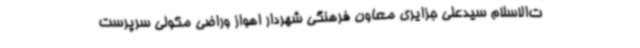
ت‌الاسلام سیدعلی جزایری معاون فرهنگی شهردار اهواز وراضی مکولی سرپرست